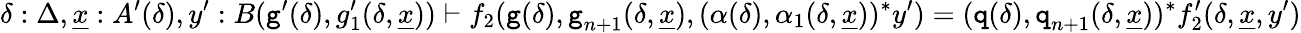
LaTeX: \delta:\Delta,\underline{{x}}:A^{\prime}(\delta),y^{\prime}:B(\textnormal{\texttt{g}}^{\prime}(\delta),g_{1}^{\prime}(\delta,\underline{{x}}))\vdash f_{2}(\textnormal{\texttt{g}}(\delta),\textnormal{\texttt{g}}_{n+1}(\delta,\underline{{x}}),(\alpha(\delta),\alpha_{1}(\delta,\underline{{x}}))^{*}y^{\prime})=(\textnormal{\texttt{q}}(\delta),\textnormal{\texttt{q}}_{n+1}(\delta,\underline{{x}}))^{*}f_{2}^{\prime}(\delta,\underline{{x}},y^{\prime})